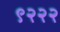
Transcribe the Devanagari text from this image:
९२२२